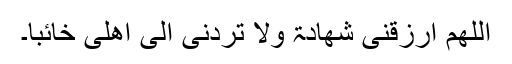
اَللّٰھُمَّ ارْزُقْنِی شَھَادَۃَ وَلَا تَرُدَّنِیْ اِلٰی اَھْلِیْ خَائِبًا۔